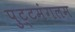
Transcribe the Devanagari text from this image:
पुट्टमंगलम